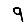
Digit: 9